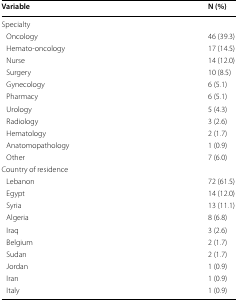
| Variable | N (%) |
 | --- | --- |
 | <COLSPAN=2> Specialty |
 | Oncology | 46 (39.3) |
 | Hemato-oncology | 17 (14.5) |
 | Nurse | 14 (12.0) |
 | Surgery | 10 (8.5) |
 | Gynecology | 6 (5.1) |
 | Pharmacy | 6 (5.1) |
 | Urology | 5 (4.3) |
 | Radiology | 3 (2.6) |
 | Hematology | 2 (1.7) |
 | Anatomopathology | 1 (0.9) |
 | Other | 7 (6.0) |
 | <COLSPAN=2> Country of residence |
 | Lebanon | 72 (61.5) |
 | Egypt | 14 (12.0) |
 | Syria | 13 (11.1) |
 | Algeria | 8 (6.8) |
 | Iraq | 3 (2.6) |
 | Belgium | 2 (1.7) |
 | Sudan | 2 (1.7) |
 | Jordan | 1 (0.9) |
 | Iran | 1 (0.9) |
 | Italy | 1 (0.9) |